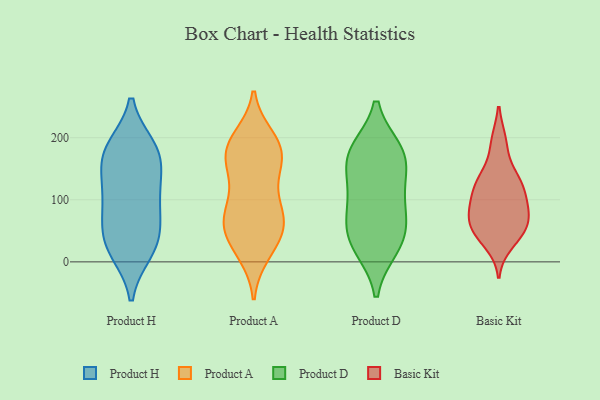
{"axis": {"x": "Revenue (USD Million)", "y": "Value"}, "legend": ["Basic Kit", "Product A", "Product D", "Product H"], "data": [{"x": "", "y": 126, "type": "Product H"}, {"x": "", "y": 17, "type": "Product H"}, {"x": "", "y": 53, "type": "Product H"}, {"x": "", "y": 20, "type": "Product H"}, {"x": "", "y": 179, "type": "Product H"}, {"x": "", "y": 26, "type": "Product H"}, {"x": "", "y": 176, "type": "Product H"}, {"x": "", "y": 184, "type": "Product H"}, {"x": "", "y": 51, "type": "Product H"}, {"x": "", "y": 149, "type": "Product H"}, {"x": "", "y": 90, "type": "Product H"}, {"x": "", "y": 88, "type": "Product H"}, {"x": "", "y": 116, "type": "Product H"}, {"x": "", "y": 179, "type": "Product H"}, {"x": "", "y": 77, "type": "Product A"}, {"x": "", "y": 200, "type": "Product A"}, {"x": "", "y": 180, "type": "Product A"}, {"x": "", "y": 149, "type": "Product A"}, {"x": "", "y": 193, "type": "Product A"}, {"x": "", "y": 170, "type": "Product A"}, {"x": "", "y": 51, "type": "Product A"}, {"x": "", "y": 18, "type": "Product A"}, {"x": "", "y": 14, "type": "Product A"}, {"x": "", "y": 187, "type": "Product A"}, {"x": "", "y": 66, "type": "Product A"}, {"x": "", "y": 72, "type": "Product A"}, {"x": "", "y": 34, "type": "Product A"}, {"x": "", "y": 187, "type": "Product A"}, {"x": "", "y": 151, "type": "Product A"}, {"x": "", "y": 149, "type": "Product A"}, {"x": "", "y": 53, "type": "Product A"}, {"x": "", "y": 61, "type": "Product A"}, {"x": "", "y": 104, "type": "Product A"}, {"x": "", "y": 95, "type": "Product A"}, {"x": "", "y": 24, "type": "Product D"}, {"x": "", "y": 120, "type": "Product D"}, {"x": "", "y": 80, "type": "Product D"}, {"x": "", "y": 62, "type": "Product D"}, {"x": "", "y": 173, "type": "Product D"}, {"x": "", "y": 42, "type": "Product D"}, {"x": "", "y": 28, "type": "Product D"}, {"x": "", "y": 167, "type": "Product D"}, {"x": "", "y": 178, "type": "Product D"}, {"x": "", "y": 108, "type": "Product D"}, {"x": "", "y": 171, "type": "Product D"}, {"x": "", "y": 93, "type": "Basic Kit"}, {"x": "", "y": 63, "type": "Basic Kit"}, {"x": "", "y": 94, "type": "Basic Kit"}, {"x": "", "y": 31, "type": "Basic Kit"}, {"x": "", "y": 130, "type": "Basic Kit"}, {"x": "", "y": 193, "type": "Basic Kit"}, {"x": "", "y": 68, "type": "Basic Kit"}, {"x": "", "y": 47, "type": "Basic Kit"}, {"x": "", "y": 135, "type": "Basic Kit"}, {"x": "", "y": 59, "type": "Basic Kit"}, {"x": "", "y": 128, "type": "Basic Kit"}, {"x": "", "y": 129, "type": "Basic Kit"}, {"x": "", "y": 192, "type": "Basic Kit"}, {"x": "", "y": 121, "type": "Basic Kit"}, {"x": "", "y": 84, "type": "Basic Kit"}, {"x": "", "y": 50, "type": "Basic Kit"}, {"x": "", "y": 89, "type": "Basic Kit"}, {"x": "", "y": 47, "type": "Basic Kit"}]}